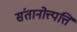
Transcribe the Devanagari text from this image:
संतानोत्त्पत्ति